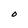
Character: O